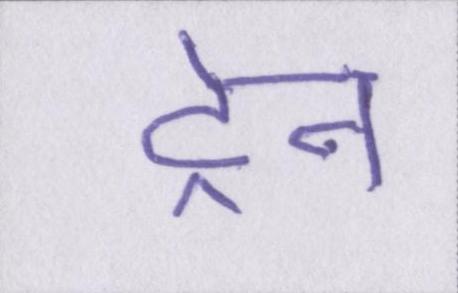
ट्रेन